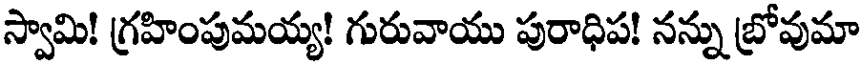
స్వామి! గ్రహింపుమయ్య! గురువాయు పురాధిప! నన్ను బ్రోవుమా